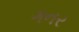
ગનર